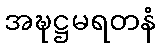
အဍ္ဎဋ္ဌမရတနံ